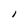
Character: i